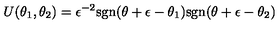
U ( \theta _ { 1 } , \theta _ { 2 } ) = \epsilon ^ { - 2 } \mathrm { s g n } ( \theta + \epsilon - \theta _ { 1 } ) \mathrm { s g n } ( \theta + \epsilon - \theta _ { 2 } )